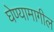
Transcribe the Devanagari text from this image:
घेण्यामागील